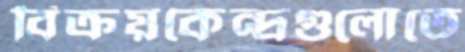
বিক্রয়কেন্দ্রগুলোতে